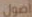
أصول